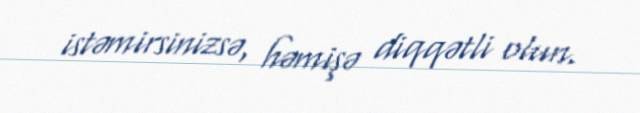
istəmirsinizsə, həmişə diqqətli olun.